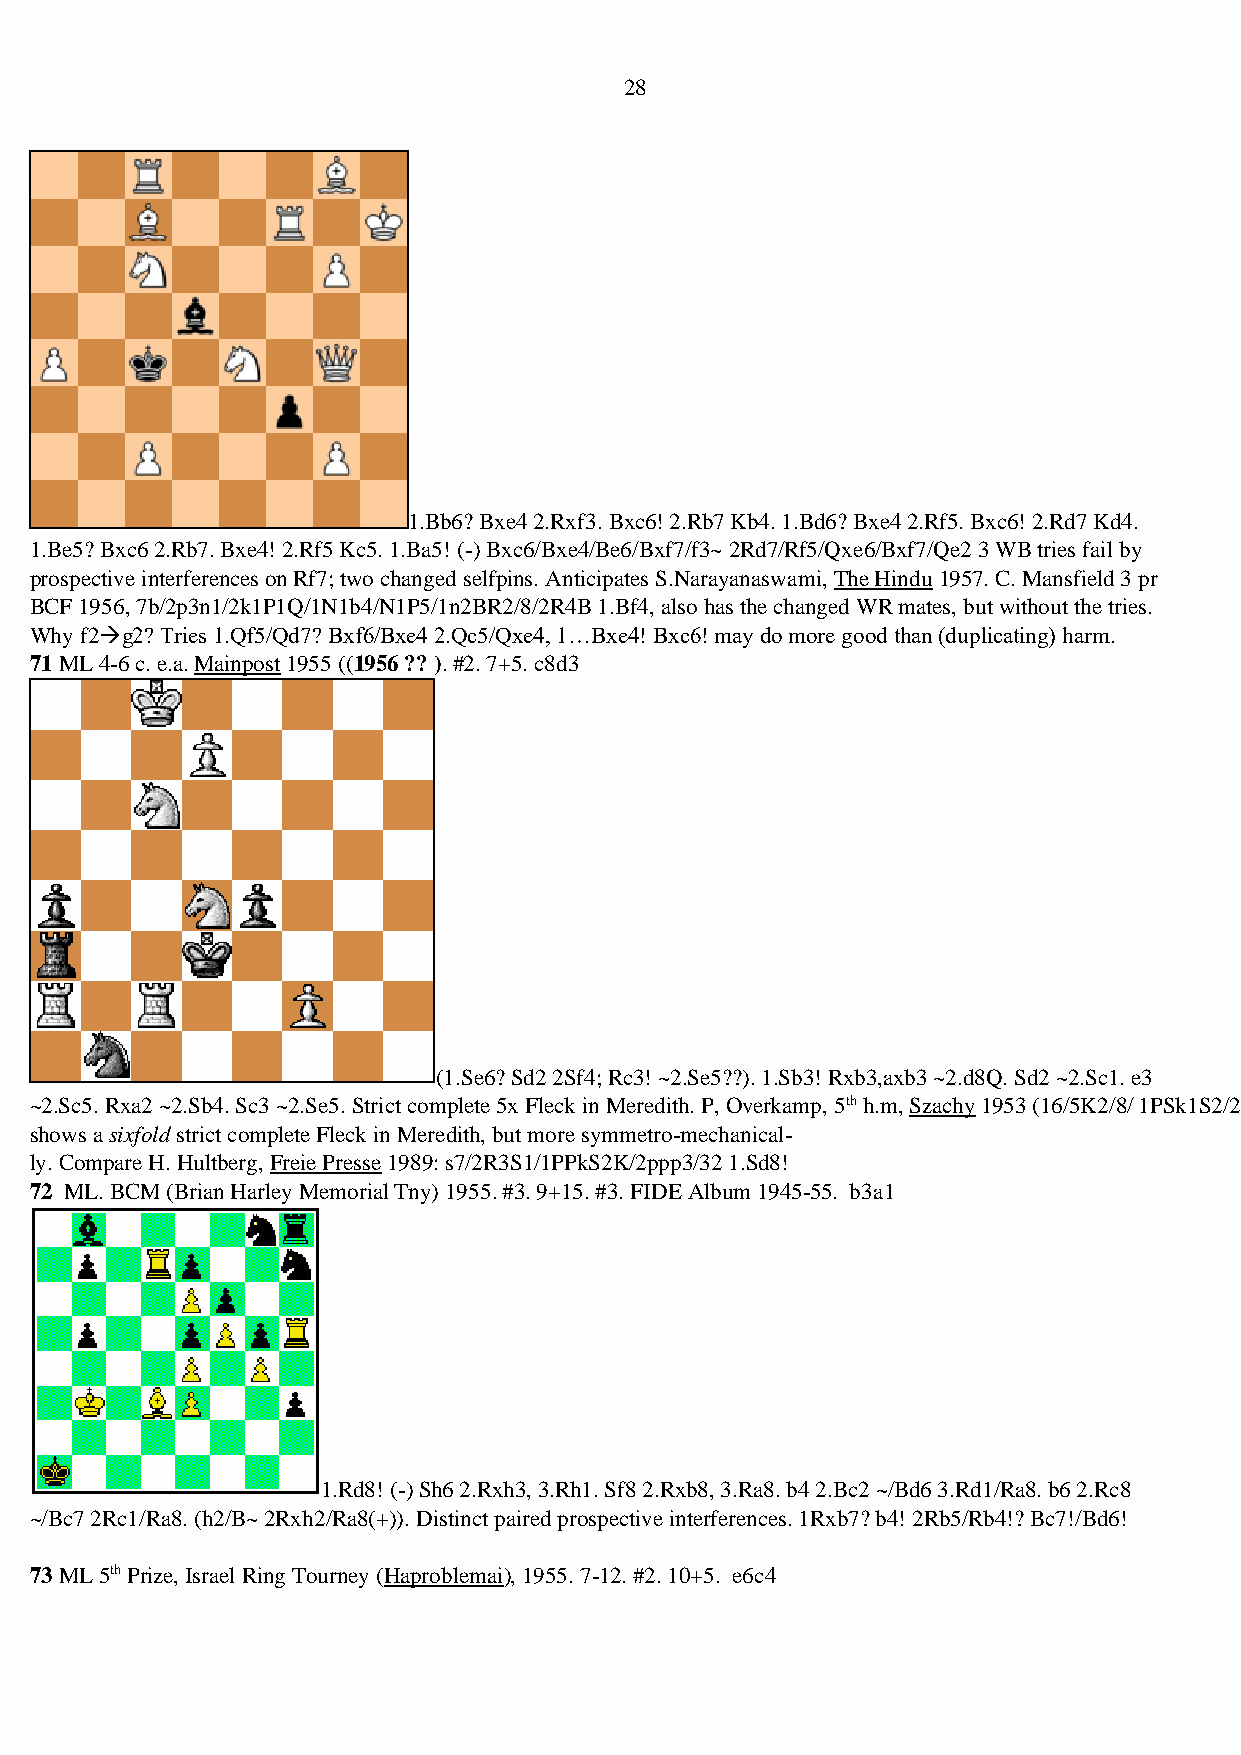
28
 1.Bb6? Bxe4 2.Rxf3. Bxc6! 2.Rb7 Kb4. 1.Bd6? Bxe4 2.Rf5. Bxc6! 2.Rd7 Kd4.
 1.Be5? Bxc6 2.Rb7. Bxe4! 2.Rf5 Kc5. 1.Ba5! (-) Bxc6/Bxe4/Be6/Bxf7/f3~ 2Rd7/Rf5/Qxe6/Bxf7/Qe2 3 WB tries fail by
 prospective interferences on Rf7; two changed selfpins. Anticipates S.Narayanaswami, The Hindu 1957. C. Mansfield 3 pr
 BCF 1956, 7b/2p3n1/2k1P1Q/1N1b4/N1P5/1n2BR2/8/2R4B 1.Bf4, also has the changed WR mates, but without the tries.
 Why f2→g2? Tries 1.Qf5/Qd7? Bxf6/Bxe4 2.Qc5/Qxe4, 1…Bxe4! Bxc6! may do more good than (duplicating) harm.
 71 ML 4-6 c. e.a. Mainpost 1955 ((1956 ?? ). #2. 7+5. c8d3
 (1.Se6? Sd2 2Sf4; Rc3! ~2.Se5??). 1.Sb3! Rxb3,axb3 ~2.d8Q. Sd2 ~2.Sc1. e3
 ~2.Sc5. Rxa2 ~2.Sb4. Sc3 ~2.Se5. Strict complete 5x Fleck in Meredith. P, Overkamp, 5th h.m, Szachy 1953 (16/5K2/8/ 1PSk1S2/2RrR3/1P1p1P2/3s4, 1.Sd6!)
 shows a sixfold strict complete Fleck in Meredith, but more symmetro-mechanical-
 ly. Compare H. Hultberg, Freie Presse 1989: s7/2R3S1/1PPkS2K/2ppp3/32 1.Sd8!
 72 ML. BCM (Brian Harley Memorial Tny) 1955. #3. 9+15. #3. FIDE Album 1945-55. b3a1
 1.Rd8! (-) Sh6 2.Rxh3, 3.Rh1. Sf8 2.Rxb8, 3.Ra8. b4 2.Bc2 ~/Bd6 3.Rd1/Ra8. b6 2.Rc8
 ~/Bc7 2Rc1/Ra8. (h2/B~ 2Rxh2/Ra8(+)). Distinct paired prospective interferences. 1Rxb7? b4! 2Rb5/Rb4!? Bc7!/Bd6!
 73 ML 5th Prize, Israel Ring Tourney (Haproblemai), 1955. 7-12. #2. 10+5. e6c4